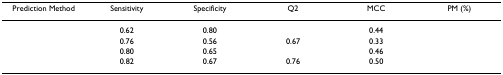
<table><thead><tr><td><b>Prediction Method</b></td><td><b>Sensitivity</b></td><td><b>Specificity</b></td><td><b>Q2</b></td><td><b>MCC</b></td><td><b>PM (%)</b></td></tr></thead><tbody><tr><td>[EMPTY_CELL]</td><td>0.62</td><td>0.80</td><td>[EMPTY_CELL]</td><td>0.44</td><td>[EMPTY_CELL]</td></tr><tr><td>[EMPTY_CELL]</td><td>0.76</td><td>0.56</td><td>0.67</td><td>0.33</td><td>[EMPTY_CELL]</td></tr><tr><td>[EMPTY_CELL]</td><td>0.80</td><td>0.65</td><td>[EMPTY_CELL]</td><td>0.46</td><td>[EMPTY_CELL]</td></tr><tr><td>[EMPTY_CELL]</td><td>0.82</td><td>0.67</td><td>0.76</td><td>0.50</td><td>[EMPTY_CELL]</td></tr></tbody></table>